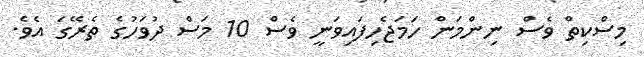
މިސްކިތް ވެސް ނިންމަން ހަމަޖެހިފައިވަނީ ވެސް 10 މަސް ދުވަހުގެ ތެރޭގަ އެވެ.